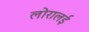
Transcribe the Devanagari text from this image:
लोरालई